Cholera in southern India
Disease focus: Cholera
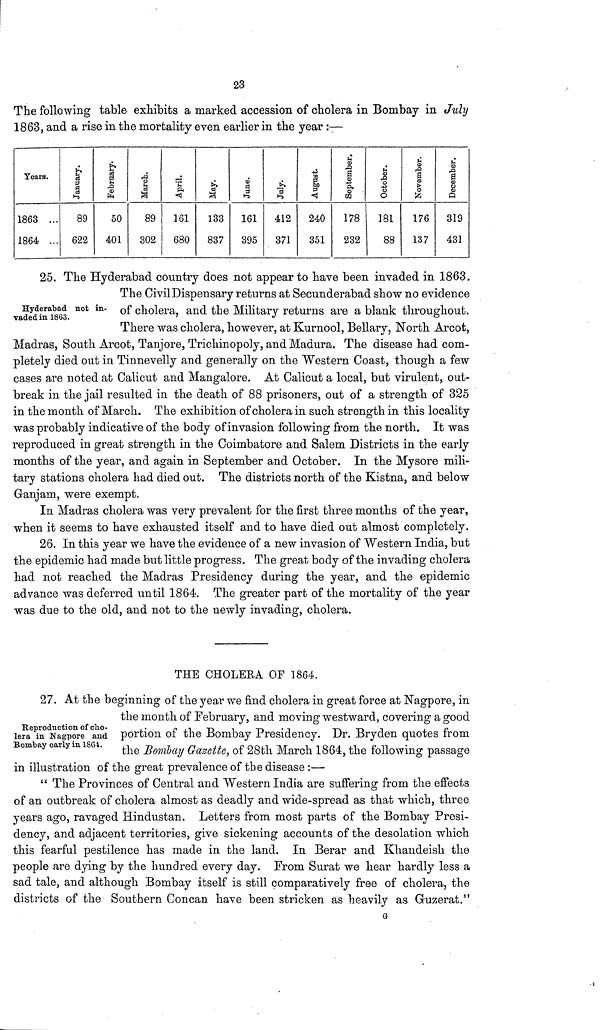
23
The following table exhibits a marked accession of cholera in Bombay in July
1863, and a rise in the mortality even earlier in the year :—
Years.
1863 ...
1864 ...
January.
89
622
February.
50
401
March.
89
302
April.
161
680
May.
133
837
June.
161
395
July.
412
371
August.
240
351
September.
178
232
October.
181
88
November.
176
137
December.
319
431
Hyderabad not in-
vaded in 1863.
25. The Hyderabad country does not appear to have been invaded in 1863.
The CivilDispensary returns at Secunderabad show no evidence
of cholera, and the Military returns are a blank throughout.
There was cholera, however, at Kurnool, Bellary, North Arcot,
Madras, South Arcot, Tanjore, Trichinopoly, and Madura. The disease had com-
pletely died out in Tinnevelly and generally on the Western Coast, though a few
cases are noted at Calicut and Mangalore. At Calicut a local, but virulent, out-
break in the jail resulted in the death of 88 prisoners, out of a strength of 325
in the month of March. The exhibition of cholera in such strength in this locality
was probably indicative of the body of invasion following from the north. It was
reproduced in great strength in the Coimbatore and Salem Districts in the early
months of the year, and again in September and October. In the Mysore mili-
tary stations cholera had died out. The districts north of the Kistna, and below
Ganjam, were exempt.
In Madras cholera was very prevalent for the first three months of the year,
when it seems to have exhausted itself and to have died out almost completely.
26. In this year we have the evidence of a new invasion of Western India, but
the epidemic had made but little progress. The great body of the invading cholera
had not reached the Madras Presidency during the year, and the epidemic
advance was deferred until 1864. The greater part of the mortality of the year
was due to the old, and not to the newly invading, cholera.
THE CHOLERA OF 1864.
Reproduction of cho-
lera in Nagpore and
Bombay early in 1864.
27. At the beginning of the year we find cholera in great force at Nagpore, in
the month of February, and moving westward, covering a good
portion of the Bombay Presidency. Dr. Bryden quotes from
the Bombay Gazette, of 28th March 1864, the following passage
in illustration of the great prevalence of the disease :—
" The Provinces of Central and Western India are suffering from the effects
of an outbreak of cholera almost as deadly and wide-spread as that which, three
years ago, ravaged Hindustan. Letters from most parts of the Bombay Presi-
dency, and adjacent territories, give sickening accounts of the desolation which
this fearful pestilence has made in the land. In Berar and Khandeish the
people are dying by the hundred every day. From Surat we hear hardly less a
sad tale, and although Bombay itself is still comparatively free of cholera, the
districts of the Southern Concan have been stricken as heavily as Guzerat."
G